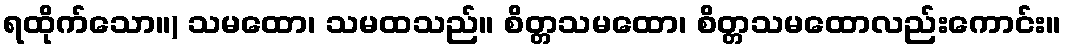
ရထိုက်သော။) သမထော၊ သမထသည်။ စိတ္တသမထော၊ စိတ္တသမထောလည်းကောင်း။